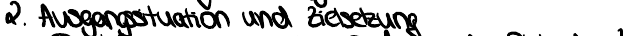
2. Ausgangssituation und Zielsetzung